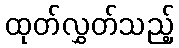
ထုတ်လွှတ်သည့်